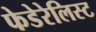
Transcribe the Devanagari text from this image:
फेडेरेलिस्ट